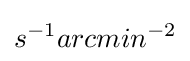
s^{-1}arcmin^{-2}